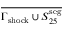
\overline { { \Gamma _ { \mathrm { s h o c k } } \cup S _ { 2 5 } ^ { \mathrm { s e g } } } }